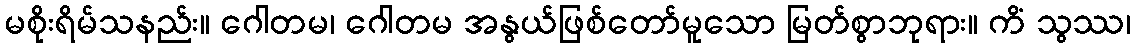
မစိုးရိမ်သနည်း။ ဂေါတမ၊ ဂေါတမ အနွယ်ဖြစ်တော်မူသော မြတ်စွာဘုရား။ ကိံ သွဿ၊